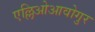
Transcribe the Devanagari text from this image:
एल्लिओआवोगुर